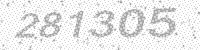
Solution: 281305